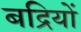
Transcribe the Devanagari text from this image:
बद्रियों